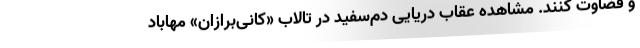
و قضاوت کنند. مشاهده عقاب دریایی دم‌سفید در تالاب «کانی‌برازان» مهاباد